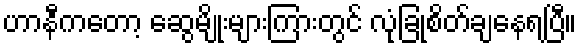
ဟာနီကတော့ ဆွေမျိုးများကြားတွင် လုံခြုံစိတ်ချနေရပြီ။